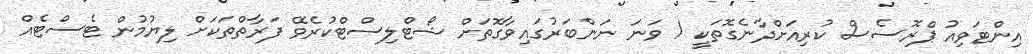
އިންޓަވިއު ޕްރޮސެސް ކުރިއަށްދާނެގޮތަކީ 1 ވަނަ ނަންބަރުގައިވާގޮތަށް ޝޯޓްލިސްޓްކުރެވޭ ފަރާތްތަކަށް ލިޔުމުން ޓެސްޓެއް